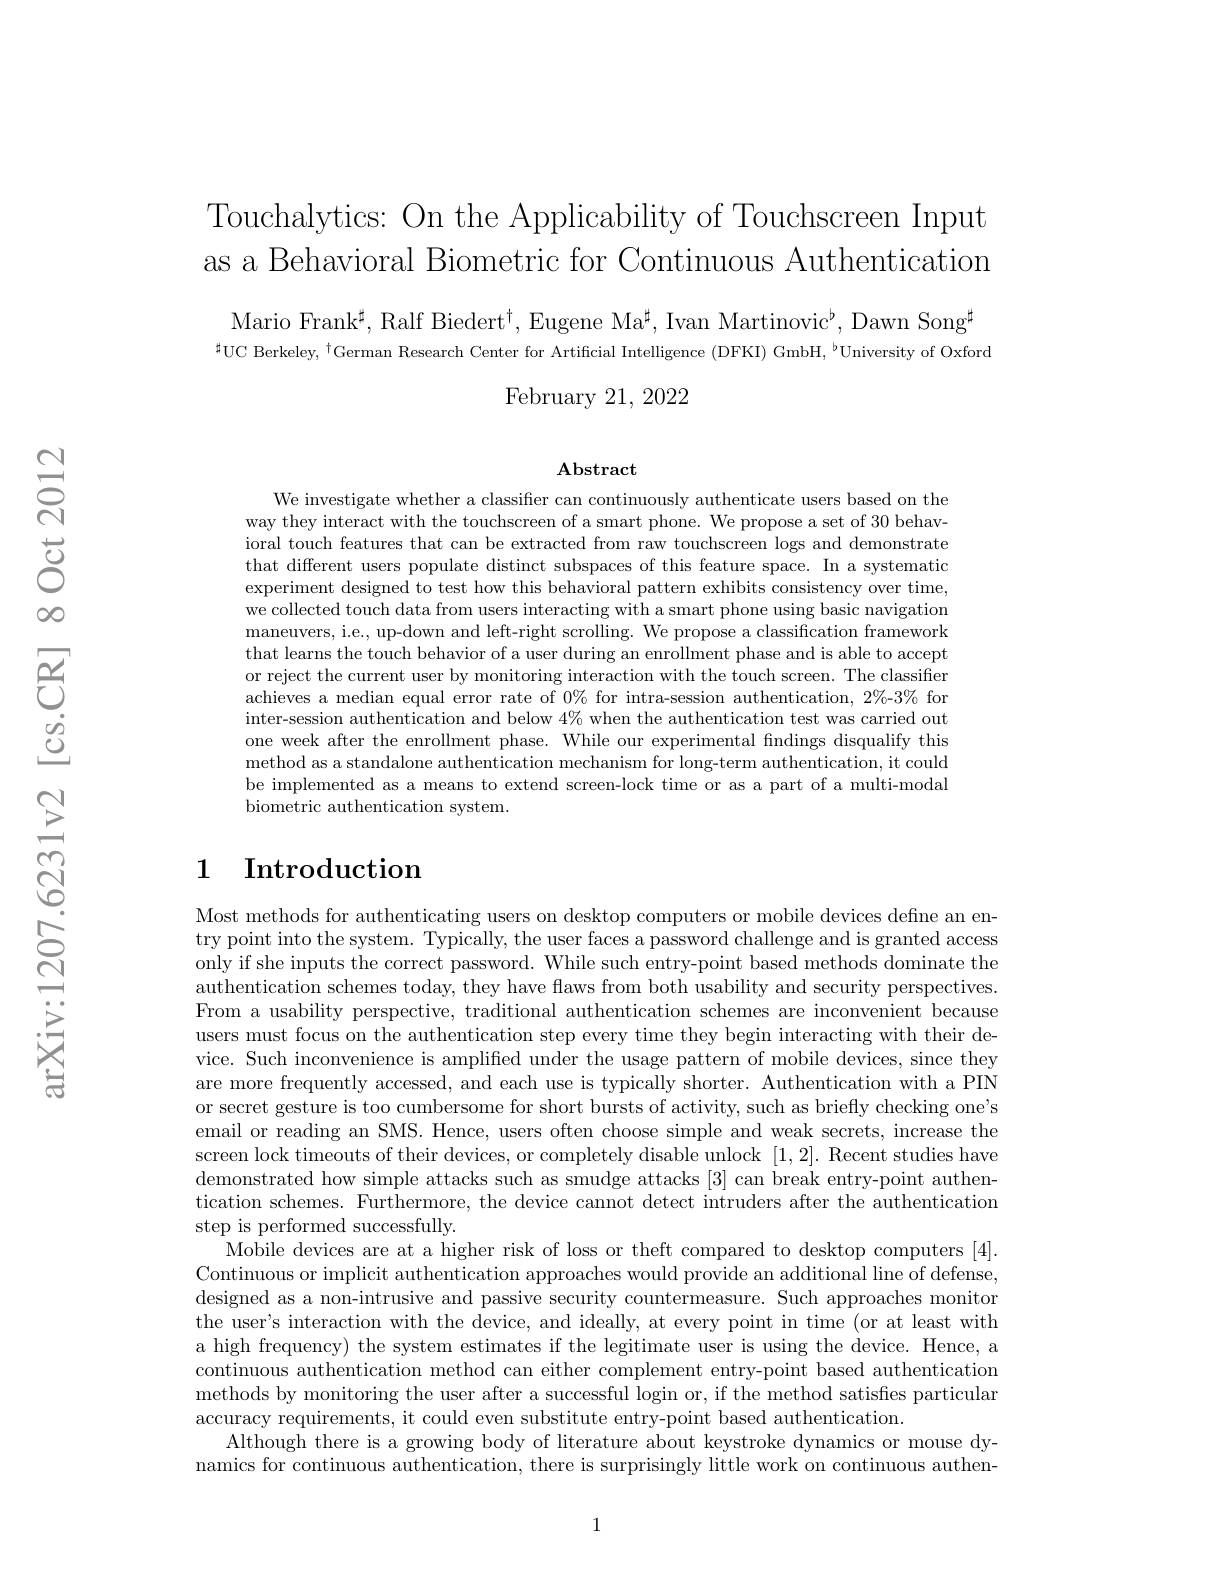
Touchalytics: On the Applicability of Touchscreen Input as a Behavioral Biometric for Continuous Authentication

Mario Frank$^\sharp$,Ralf Biedert$^\dagger$,Eugene Ma$^\sharp$,Ivan Martinovic$^\flat$,Dawn Song$^\sharp$ $^{\sharp}$UC Berkeley, $^{\dagger}$German Research Center for Artificial Intelligence (DFKI) GmbH, $^{\flat}$University of Oxford

February 21,2022

Abstract

We investigate whether a classifer can continuously authenticate users based on the way they interact with the touchscreen of a smart phone. We propose a set of 30 behavioral touch features that can be extracted from raw touchscreen logs and demonstrate that different users populate distinct subspaces of this feature space. In a systematidat different users populate distinct subspaces of this feature space. In a systematide stin steres pace. In a systematide stin stin tin tis tin tin tin tin tin tin tin experiment designed to test how this behavioral pattern exhibits consistency over time, we collected touch data from users interacting with a smart phone using basic navigation maneuvers, i.e., up-down and left-right scrolling. We propose a classification framework that learns the touch behavior of a user during an enrollment phase and is able to accept or reject the current user by monitoring interaction with the touch screen. The classifier achieves a median equal error rate of $0\%$ for intra-session authentication, 2%-3% for inter-session authentication and below $4\%$ when the authentication test was carried out one week after the enrollment phase. While our experimental findings disqualify this method as a standalone authentication mechanism for long-term authentication, it could be implemented as a means to extend screen-lock time or as a part of a multi-modal biometric authentication system.

## 1 Introduction

Most methods for authenticating users on desktop computers or mobile devices define an entry point into the system. Typically, the user faces a password challenge and is granted access only if she inputs the correct password. While such entry-point based methods dominate the authentication schemes today, they have flaws from both usability and security perspectives. From a usability perspective, traditional authentication schemes are inconvenient because users must focus on the authentication step every time they begin interacting with their device. Such inconvenience is amplified under the usage pattern of mobile devices, since they are more frequently accessed, and each use is typically shorter. Authentication with a PIN or secret gesture is too cumbersome for short bursts of activity, such as briefly checking one's email or reading an SMS. Hence, users often choose simple and weak secrets, increase the screen lock timeouts of their devices, or completely disable unlock [1,2]. Recent studies have demonstrated how simple attacks such as smudge attacks [3] can break entry-point authentication schemes. Furthermore, the device cannot detect intruders after the authentication step is performed successfully.
Mobile devices are at a higher risk of loss or theft compared to desktop computers [4]. Continuous or implicit authentication approaches would provide an additional line of defense, designed as a non-intrusive and passive security countermeasure. Such approaches monitor the user's interaction with the device, and ideally, at every point in time (or at least with a high frequency) the system estimates if the legitimate user is using the device. Hence, a continuous authentication method can either complement entry-point based authentication methods by monitoring the user after a successful login or, if the method satisfies particular accuracy requirements, it could even substitute entry-point based authentication
Although there is a growing body of literature about keystroke dynamics or mouse dynamics for continuous authentication, there is surprisingly little work on continuous authen-

1